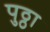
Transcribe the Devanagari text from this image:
पुठ्ठा